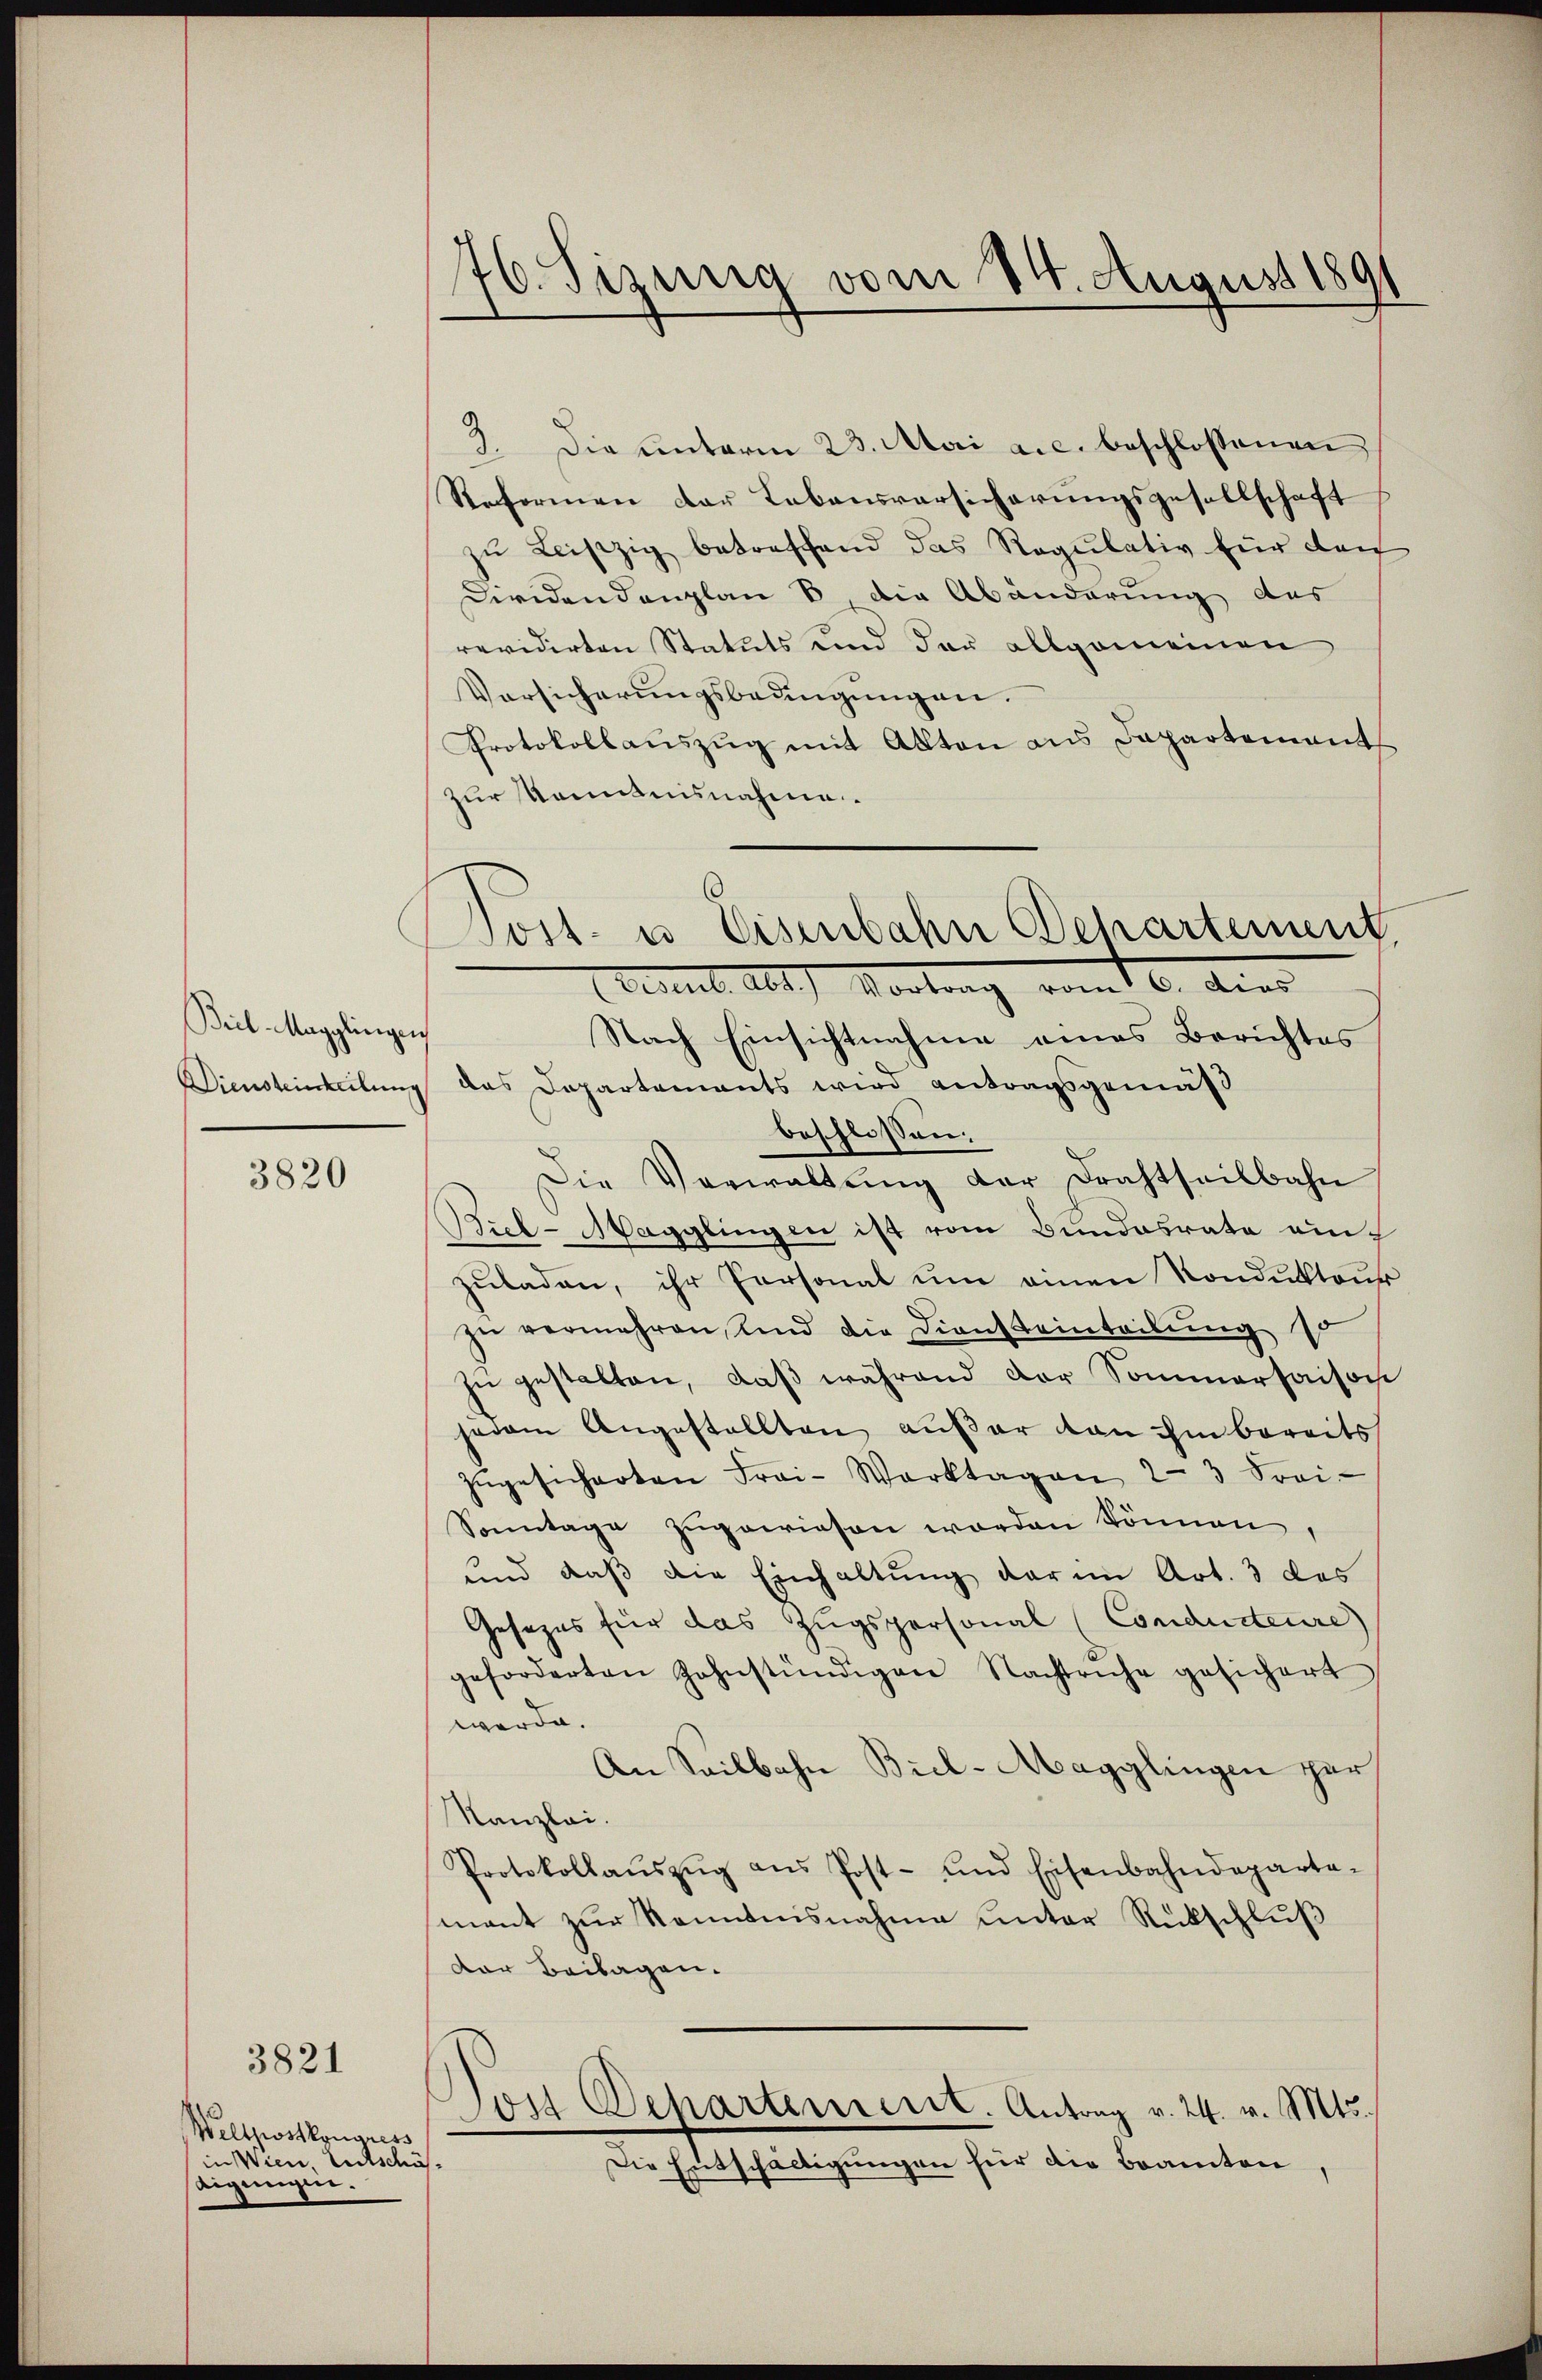
Beil Magglingen
Diensteinteilung

3820

3821

Weltpostkongress
in Wien, Entschäf¬
Aigungen.

76. Sizung vom 24. August 1891

3. Die ŭnterm 23. Mai a.c. beschlossenen
Reformen der Lebensversicherungsgesellschaft
zu Leiszig betreffend das Regulativ für den
Ciridendenplan 8, die Abänderung des
revidirten Statuts und der allgemeinen
Versicherungsbedingungen.
Protokollaŭszŭg mit Akten aus Departement
zur Kenntnisnahme
Post. u. Eisenbahn Behartement

Autheil Abt. Vortrag vom 6. dies

Nach Einsichtnahme eines Berichtes
das Departements wird antragsgemäß
beschlossen.
Die Verwaltŭng der Drahtseilbahn
Stiel-Hagglingen ist vom Bundesrate einzuladen, ihr Personal um einen Kondukteur
zu vermehren, und die Diensteinteilung so
zŭ gestalten, daß während der Sommersaisons
jedem Angestellten außer an ihm bereits
zŭgesicherten Frai-Werktagen 23 Frei-
Sonntage zŭgewiesen worden können,
und daß die Einhaltung darin Art. 3 des
Gesezes für das Zugspersonal (Conducteure)
geforderten Zahnstündigen Nachtruhe gesichert
werde.
An Seilbahn Biel-Magglingen zur
Kanzlei.
Protokollaŭszŭg aŭs Post- und Eisenbahndeparta-
mant zur Kenntnisnahme unter Rückschluß
Der Beilagen.
Don Departement. Antrag v. 24. v. Mts.
Die Entschaltigungen für die Beamten,